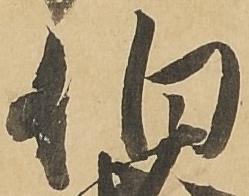
伯